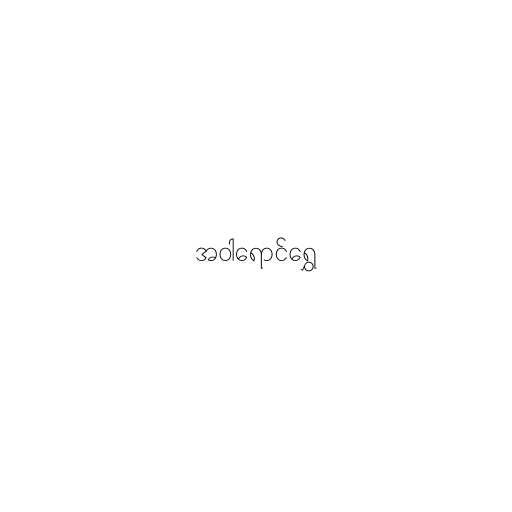
အဝါရောင်ရွှေ